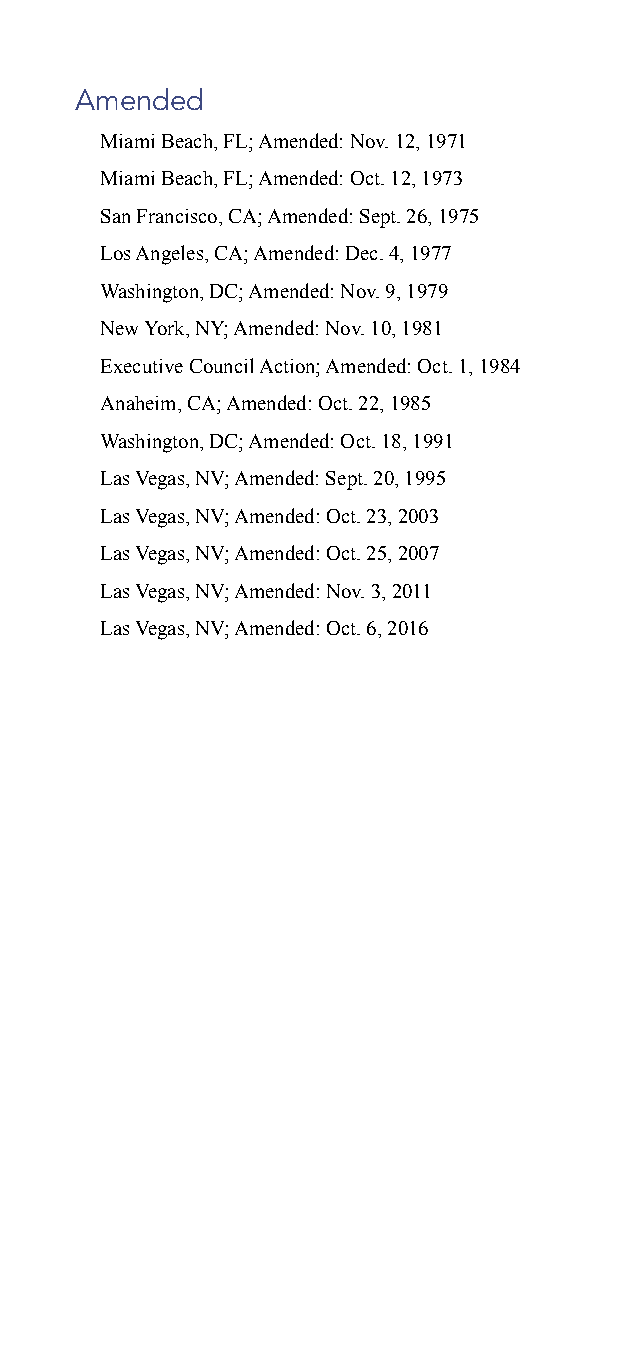
Amended
 Miami Beach, FL; Amended: Nov. 12, 1971
 Miami Beach, FL; Amended: Oct. 12, 1973
 San Francisco, CA; Amended: Sept. 26, 1975
 Los Angeles, CA; Amended: Dec. 4, 1977
 Washington, DC; Amended: Nov. 9, 1979
 New York, NY; Amended: Nov. 10, 1981
 Executive Council Action; Amended: Oct. 1, 1984
 Anaheim, CA; Amended: Oct. 22, 1985
 Washington, DC; Amended: Oct. 18, 1991
 Las Vegas, NV; Amended: Sept. 20, 1995
 Las Vegas, NV; Amended: Oct. 23, 2003
 Las Vegas, NV; Amended: Oct. 25, 2007
 Las Vegas, NV; Amended: Nov. 3, 2011
 Las Vegas, NV; Amended: Oct. 6, 2016